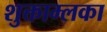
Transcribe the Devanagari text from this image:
शुक्ताम्लका